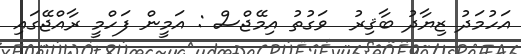
އަހުމަދު ޒިޔާދު ބާޤިރު  ވަގުތު އިމޭޖްސް : އަމީން ފަހްމީ ރާއްޖޭގައި